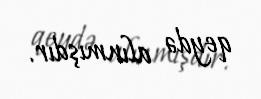
qeydə alınmışdır.